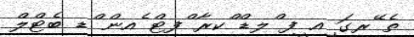
ތެ ޭރގަ ިއ ީފ ްލޑް ްކރާ ްފޓް ެއން ްޑ ބެޓްލް